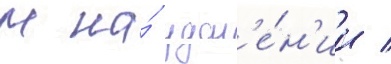
м на́ удал'е́н'ии /